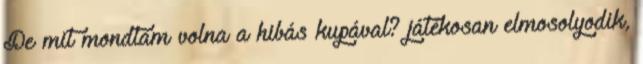
De mit mondtam volna a hibás kupával? játékosan elmosolyodik,